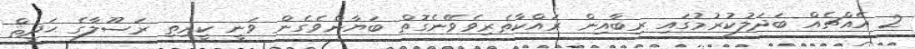
2 އެއްޗެއް ބަދަލުކުރުމުގައި ރިބާއިން ރައްކާތެރިވެވޭނެގޮތް ބަޔާންވެގެން ވަނީ ކީރިތި ރަސޫލާގެ ޙަދީޘް